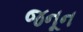
જનૂન